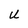
Character: U